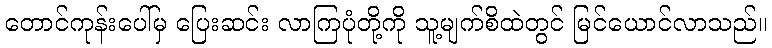
တောင်ကုန်းပေါ်မှ ပြေးဆင်း လာကြပုံတို့ကို သူ့မျက်စိထဲတွင် မြင်ယောင်လာသည်။